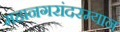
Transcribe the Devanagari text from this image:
महानगरांदरम्यान